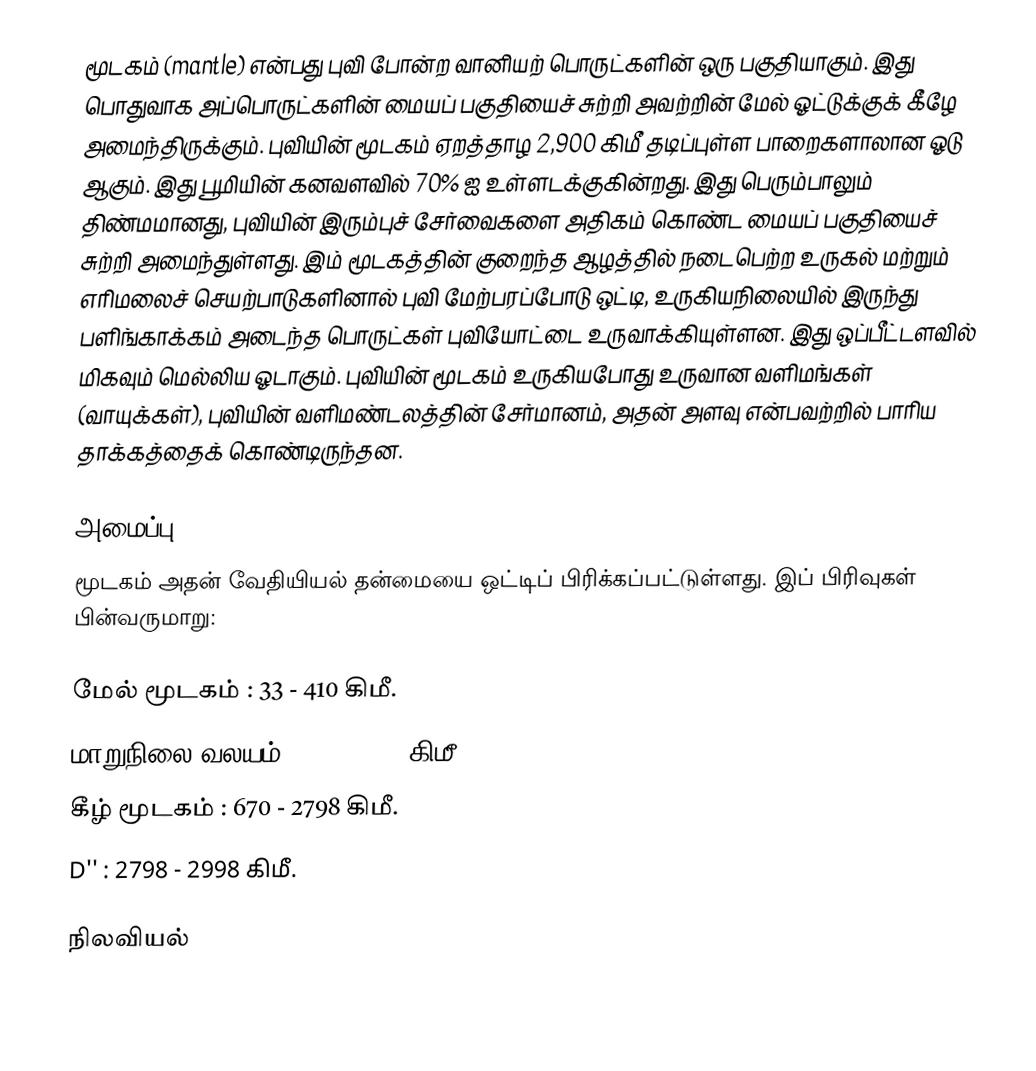
மூடகம் (mantle) என்பது புவி போன்ற வானியற் பொருட்களின் ஒரு பகுதியாகும். இது பொதுவாக அப்பொருட்களின் மையப் பகுதியைச் சுற்றி அவற்றின் மேல் ஓட்டுக்குக் கீழே அமைந்திருக்கும். புவியின் மூடகம் ஏறத்தாழ 2,900 கிமீ தடிப்புள்ள பாறைகளாலான ஓடு ஆகும். இது பூமியின் கனவளவில் 70% ஐ உள்ளடக்குகின்றது. இது பெரும்பாலும் திண்மமானது, புவியின் இரும்புச் சேர்வைகளை அதிகம் கொண்ட மையப் பகுதியைச் சுற்றி அமைந்துள்ளது. இம் மூடகத்தின் குறைந்த ஆழத்தில் நடைபெற்ற உருகல் மற்றும் எரிமலைச் செயற்பாடுகளினால் புவி மேற்பரப்போடு ஒட்டி, உருகியநிலையில் இருந்து பளிங்காக்கம் அடைந்த பொருட்கள் புவியோட்டை உருவாக்கியுள்ளன. இது ஒப்பீட்டளவில் மிகவும் மெல்லிய ஓடாகும். புவியின் மூடகம் உருகியபோது உருவான வளிமங்கள் (வாயுக்கள்), புவியின் வளிமண்டலத்தின் சேர்மானம், அதன் அளவு என்பவற்றில் பாரிய தாக்கத்தைக் கொண்டிருந்தன.

அமைப்பு
மூடகம் அதன் வேதியியல் தன்மையை ஒட்டிப் பிரிக்கப்பட்டுள்ளது. இப் பிரிவுகள் பின்வருமாறு:

 மேல் மூடகம் : 33 - 410 கிமீ.
 மாறுநிலை வலயம் : 410 - 670 கிமீ.
 கீழ் மூடகம் : 670 - 2798 கிமீ.
 D'' : 2798 - 2998 கிமீ.

நிலவியல்